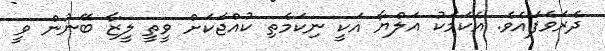
ދެރަވެފައެވެ. އެކަމަކު އަލްޔާ އަކީ ނިކަމެތި ކުއްޖަކަށް ވީތީ ލީޒާ ބޭނުން ވީ